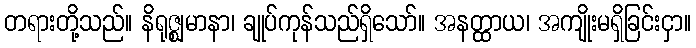
တရားတို့သည်။ နိရုဇ္ဈမာနာ၊ ချုပ်ကုန်သည်ရှိသော်။ အနတ္ထာယ၊ အကျိုးမရှိခြင်းငှာ။